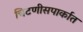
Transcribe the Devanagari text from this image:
चिटणीसपार्कात